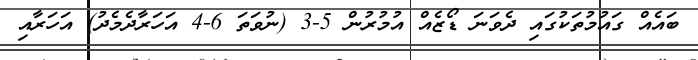
ބައެއް ގައުމުތަކުގައި ދެވަނަ ޑޯޒެއް އުމުރުން 5-3 (ނުވަތަ 6-4 އަހަރާދެމެދު) އަހަރާއި